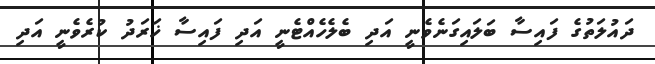
ދައުލަތުގެ ފައިސާ ބަލައިގަނެވެނީ އަދި ބެލެހެއްޓެނީ އަދި ފައިސާ ޚަރަދު ކުރެވެނީ އަދި